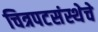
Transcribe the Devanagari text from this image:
चित्रपटसंस्थेचे